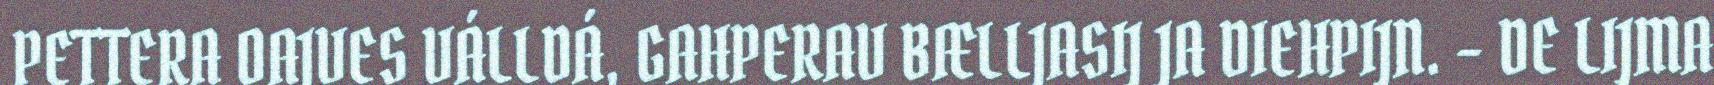
PETTERA OAJVES VÁLLDÁ, GAHPERAV BÆLLJASIJ JA DIEHPIJN. – DE LIJMA